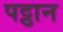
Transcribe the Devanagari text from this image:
पट्ठान